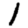
Digit: 1